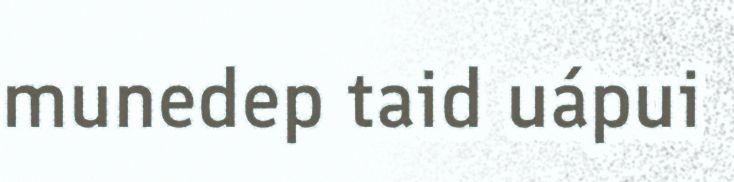
munedep taid uápui